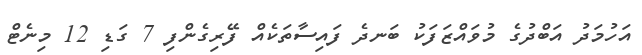
އަހުމަދު އަބްދުގެ މުވައްޒަފަކު ބަނދެ ފައިސާތަކެއް ފޭރިގެންފި 7 ގަޑި 12 މިނެޓް